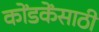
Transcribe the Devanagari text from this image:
कोंडकेंसाठी